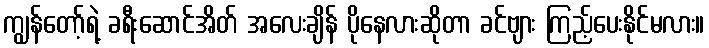
ကျွန်တော့်ရဲ့ ခရီးဆောင်အိတ် အလေးချိန် ပိုနေလားဆိုတာ ခင်ဗျား ကြည့်ပေးနိုင်မလား။